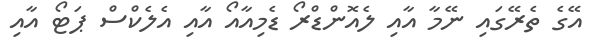
އޭގެ ތެރޭގައި ނޭމާ އާއި ލެއޮންޑްރޯ ޑެމިއާއޯ އާއި އެލެކްސް ޕަޓޯ އާއި